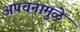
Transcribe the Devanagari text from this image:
अपचनामुळे